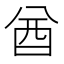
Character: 酋